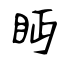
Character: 眄